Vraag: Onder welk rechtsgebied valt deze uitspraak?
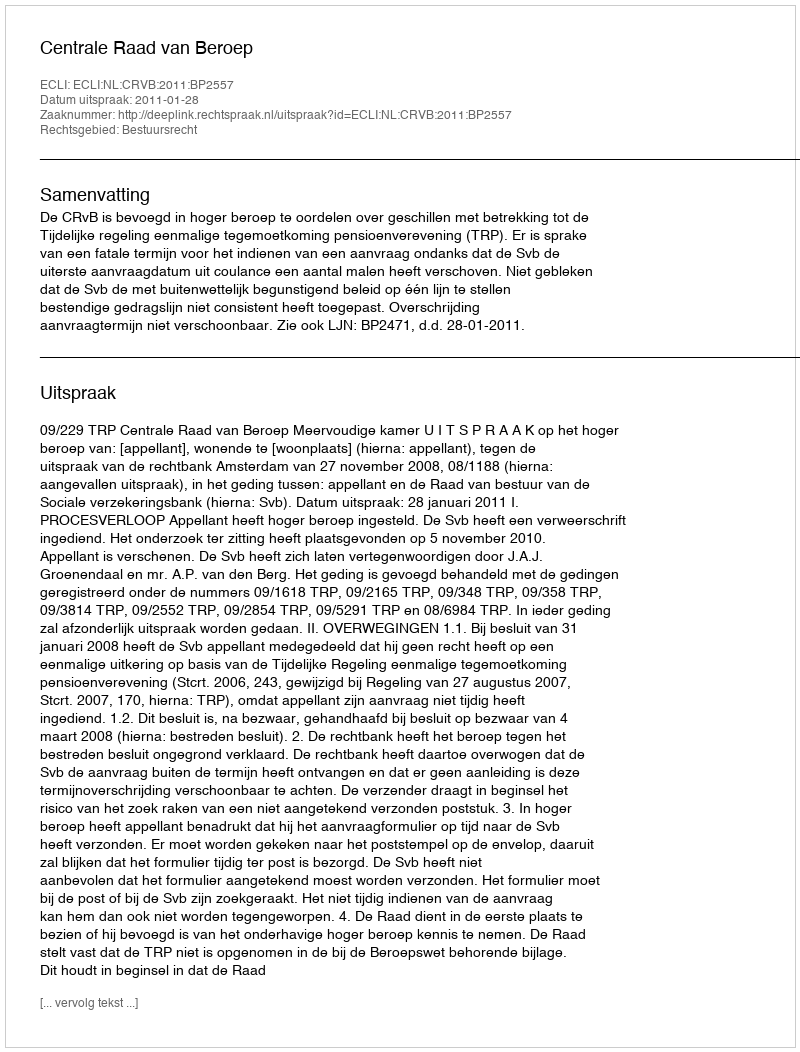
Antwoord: Bestuursrecht